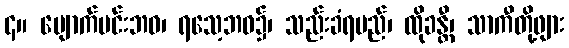
၄။ မျောက်မင်းဘဝ၊ ရသေ့ဘဝ၌၊ သည်းခံရမည်၊ ထိုခန္တီ၊ သာကီတို့ဖျား